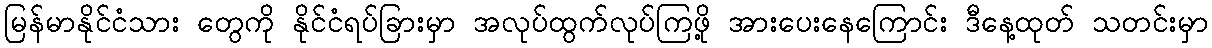
မြန်မာနိုင်ငံသား တွေကို နိုင်ငံရပ်ခြားမှာ အလုပ်ထွက်လုပ်ကြဖို့ အားပေးနေကြောင်း ဒီနေ့ထုတ် သတင်းမှာ